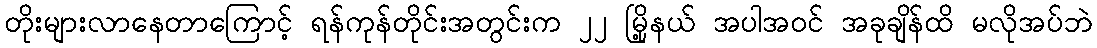
တိုးများလာနေတာကြောင့် ရန်ကုန်တိုင်းအတွင်းက ၂၂ မြို့နယ် အပါအဝင် အခုချိန်ထိ မလိုအပ်ဘဲ